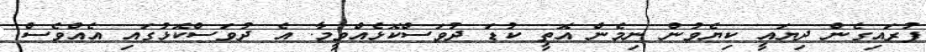
ފުރައިގެން ދިޔައީ ކިޔެވުން ނިމެން އޮތީ ކުޑަ ދުވަސްކޮޅެއްވީމާ. އެ ދުވަސްކޮޅުގައި އެއްވެސް